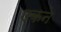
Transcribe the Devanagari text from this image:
एकने